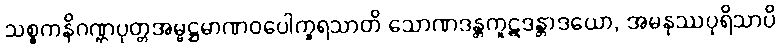
သစ္စကနိဂဏ္ဌပုတ္တအမ္ဗဋ္ဌမာဏဝပေါက္ခရသာတိ သောဏဒန္တကူဋဒန္တာဒယော, အမနုဿပုရိသာပိ